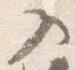
入